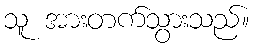
သူ အားတက်သွားသည်။